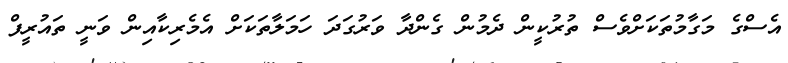
އެސްގެ މަގާމުތަކަށްވެސް ތުރުކީން ދެމުން ގެންދާ ވަރުގަދަ ހަމަލާތަކަށް އެމެރިކާއިން ވަނީ ތައުރީފް